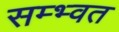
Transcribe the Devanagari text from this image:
सम्भ्वत